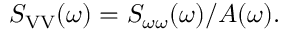
S _ { \mathrm { V V } } ( \omega ) = S _ { \omega \omega } ( \omega ) / A ( \omega ) .